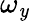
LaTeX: \omega_{\mathit{y}}